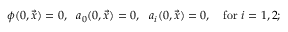
\phi ( 0 , \vec { x } ) = 0 , \: \: \: a _ { 0 } ( 0 , \vec { x } ) = 0 , \: \: \: a _ { i } ( 0 , \vec { x } ) = 0 , \: \: \: \mathrm { ~ f o r ~ } i = 1 , 2 ;